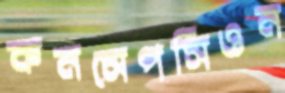
কনসেপসিওন